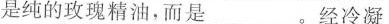
是纯的玫瑰精油，而是___。经冷凝